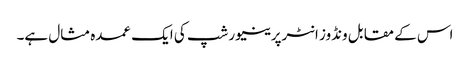
اس کے مقابل ونڈوز انٹرپرینیورشپ کی ایک عمدہ مثال ہے۔